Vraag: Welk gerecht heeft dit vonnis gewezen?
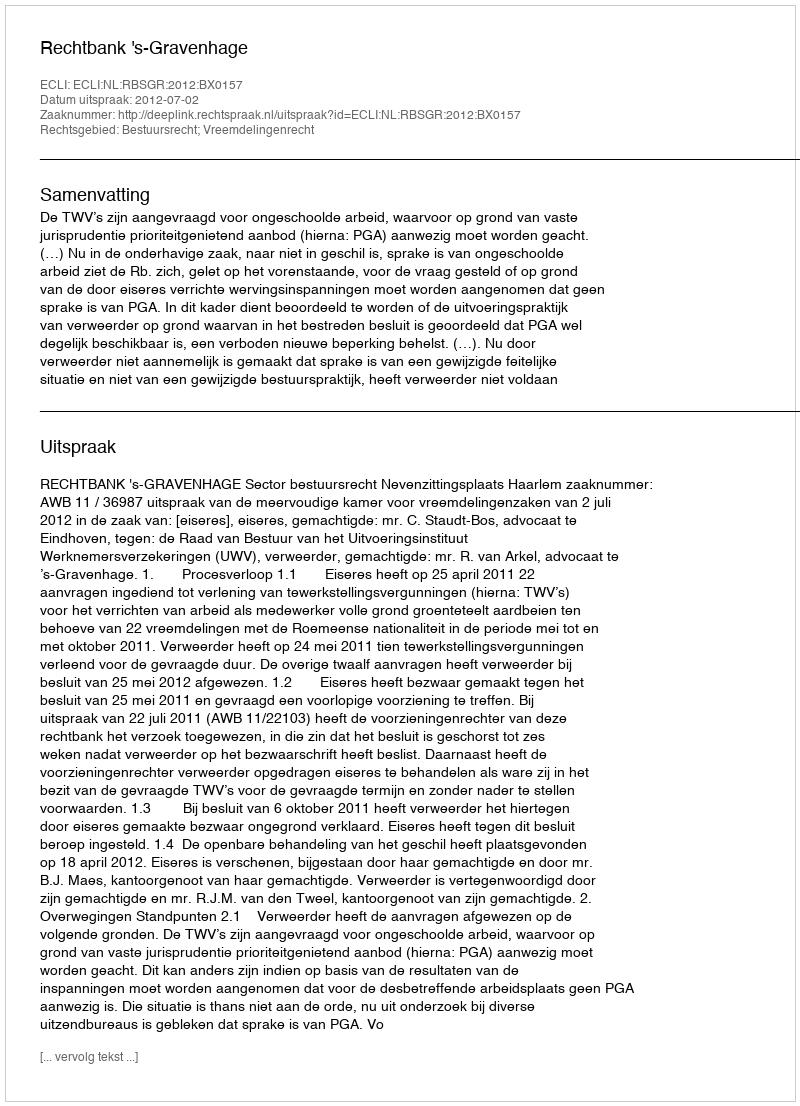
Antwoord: Rechtbank 's-Gravenhage